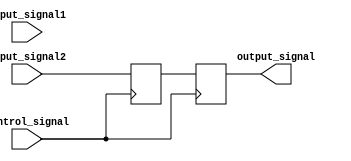
module timing_control_mux_delay (
    input wire input_signal1,
    input wire input_signal2,
    input wire control_signal,
    output reg output_signal
    );

    reg delayed_signal;

    always @(posedge control_signal) begin
        if(control_signal) begin
            delayed_signal <= input_signal2;
            output_signal <= delayed_signal;
        end
        else begin
            delayed_signal <= input_signal1;
            output_signal <= delayed_signal;
        end
    end

endmodule